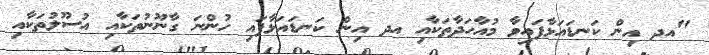
"އދ އިން ކަނޑައަޅާފައިވާ މުއާހަދާތަކާއި އދ އިން ކަނޑައަޅާފައި ހުންނަ ގާނޫނުތަކާއި އުސޫލުތަކާއި